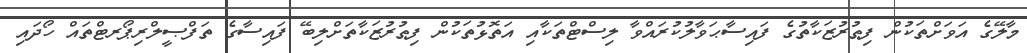
މާލޭގެ އަވަށްތަކުން ފިޠުރުޒަކާތުގެ ފައިސާޙަވާލުކުރައްވާ ލިސްޓްތަކާއި އަތޮޅުތަކުން ފިޠުރުޒަކާތަށްލިބޭ ފައިސާގެ ތަފްޞީލްރިޕޯރޓްތައް ހޯދައި